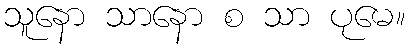
သူနော သာနော စ သာ ပုမေ။